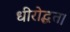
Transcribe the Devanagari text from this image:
धीरोद्धत।